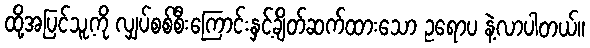
ထို့အပြင်သူ့ကို လျှပ်စစ်စီးကြောင်းနှင့်ချိတ်ဆက်ထားသော ဥရောပ နဲ့လာပါတယ်။